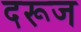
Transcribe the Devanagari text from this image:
दरूज